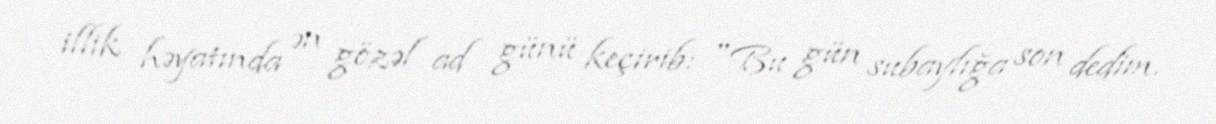
illik həyatında ən gözəl ad günü keçirib: "Bu gün subaylığa son dedim.